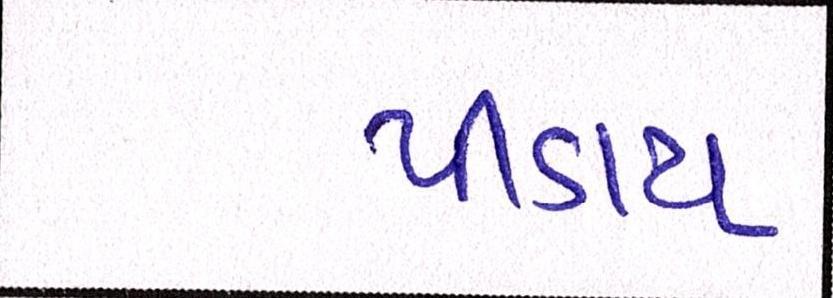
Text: પીડાય